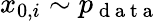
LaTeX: x_{0,i}\sim p_{\mathrm{~d~a~t~a~}}